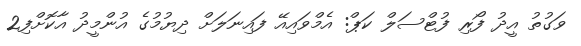
ވަގުތު އީދު ފޯރި ފުޓްސަލް ކަޕް: އެމްވައިއޭ ފައިނަލަށް ދިޔުމުގެ އުންމީދު އާކޮށްފި2